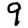
Digit: 9